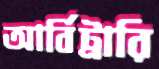
আর্বিট্রারি